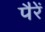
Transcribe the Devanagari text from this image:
पैरें